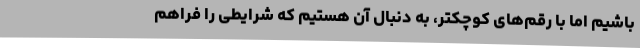
باشیم اما با رقم‌های کوچکتر، به دنبال آن هستیم که شرایطی را فراهم